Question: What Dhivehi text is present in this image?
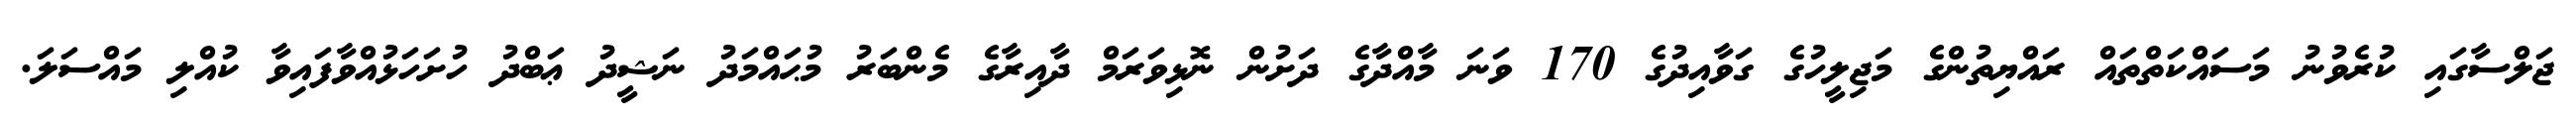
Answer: ޖަލްސާގައި ކުރެވުނު މަސައްކަތްތައް ރައްޔިތުންގެ މަޖިލީހުގެ ގަވާއިދުގެ 170 ވަނަ މާއްދާގެ ދަށުން ނޮޅިވަރަމް ދާއިރާގެ މެންބަރު މުޙައްމަދު ނަޝީދު ޢަބްދު ހުށަހަޅުއްވާފައިވާ ކުއްލި މައްސަލަ.